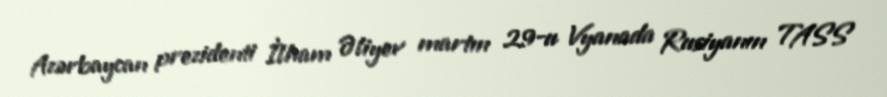
Azərbaycan prezidenti İlham Əliyev martın 29-u Vyanada Rusiyanın TASS